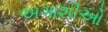
અગાશીઓ